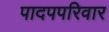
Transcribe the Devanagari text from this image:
पादपपरिवार